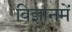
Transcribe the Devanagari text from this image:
विज्ञानमें